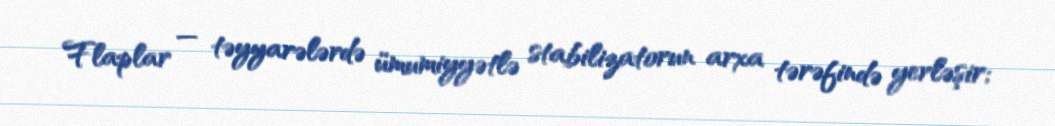
Flaplar — təyyarələrdə ümumiyyətlə stabilizatorun arxa tərəfində yerləşir;